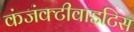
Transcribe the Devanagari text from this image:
कंजंक्टीवाइटिस